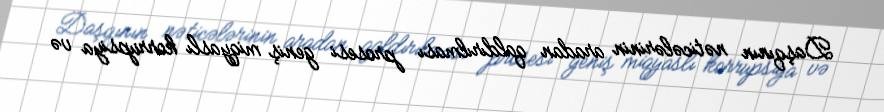
Daşqının nəticələrinin aradan qaldırılması prosesi geniş miqyaslı korrupsiya və